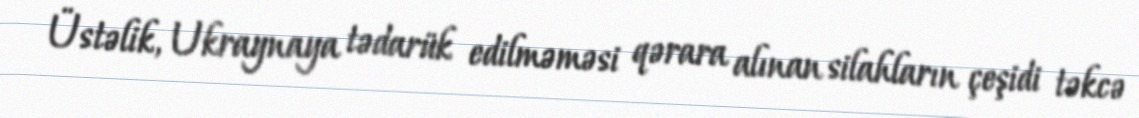
Üstəlik, Ukraynaya tədarük edilməməsi qərara alınan silahların çeşidi təkcə